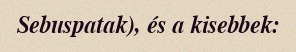
Sebuspatak), és a kisebbek: